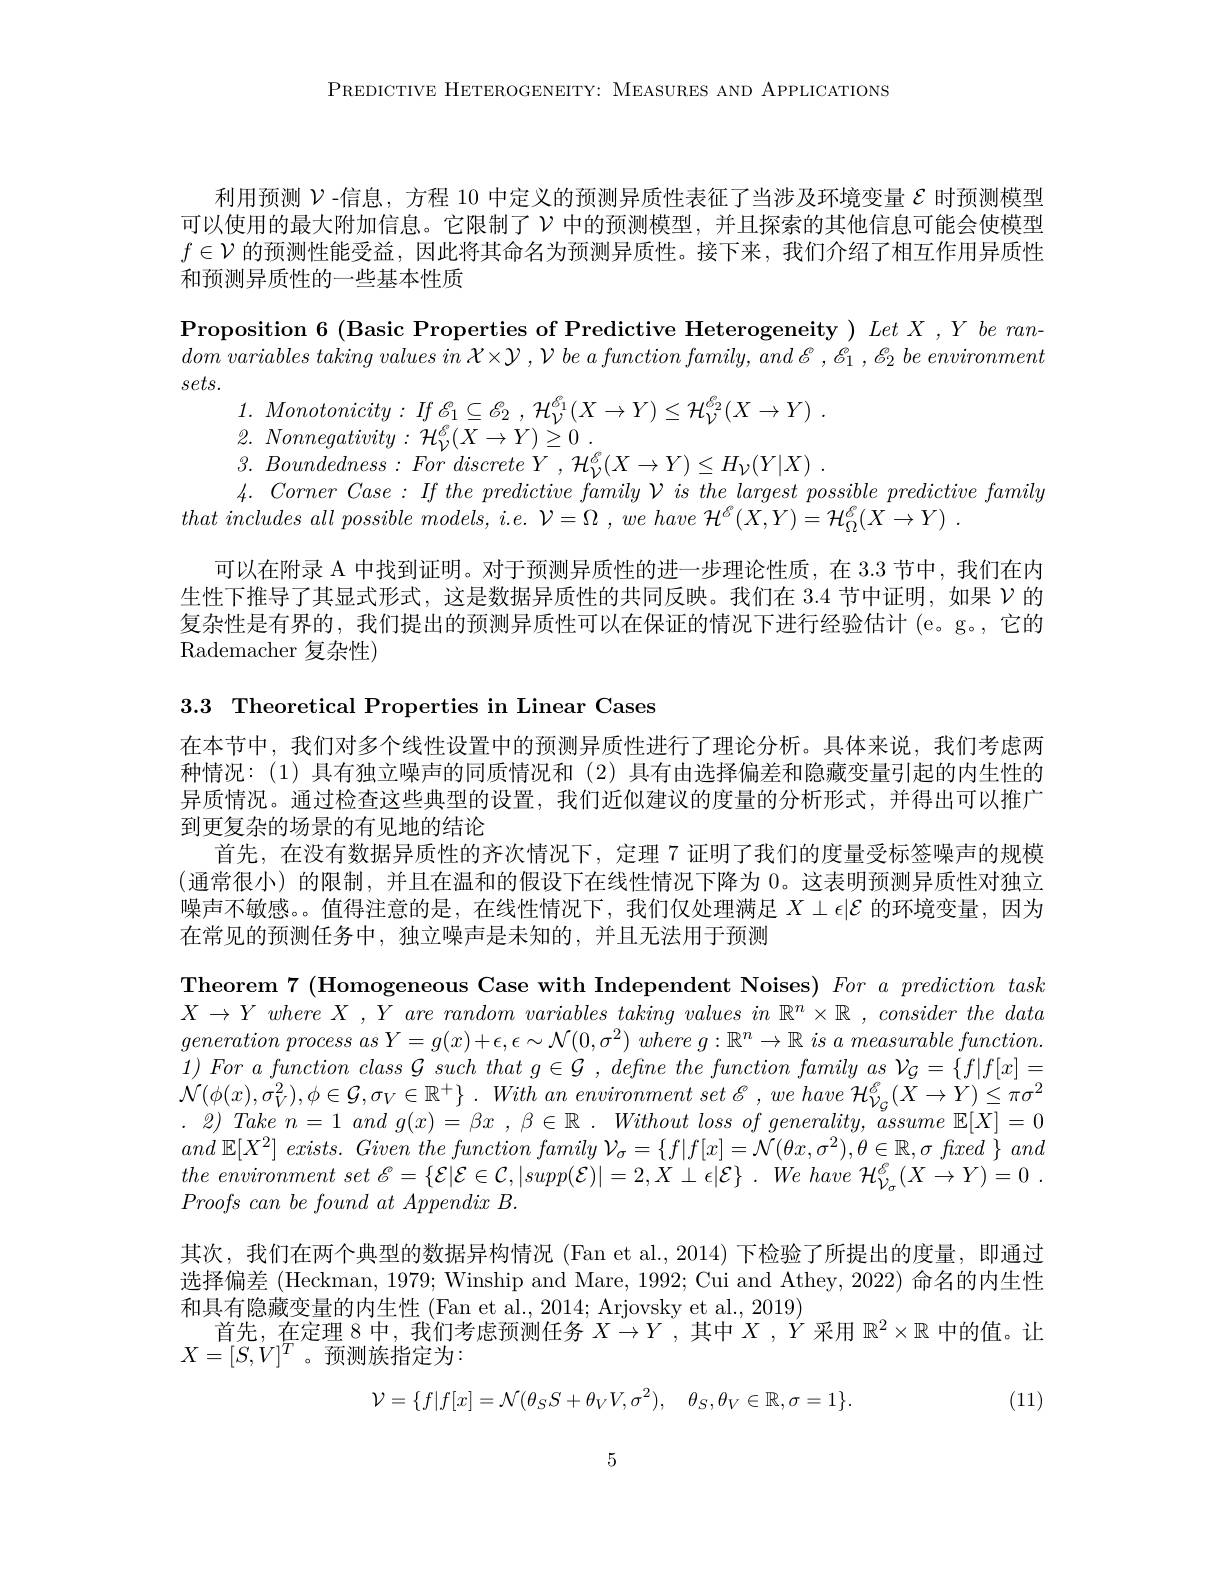
PREDICTIVE HETEROGENEITY: MEASURES AND APPLICATIONS

利用预测$\mathcal{V}$ -信息，方程 10 中定义的预测异质性表征了当涉及环境变量$\mathcal{E}$时预测模型可以使用的最大附加信息。它限制了$\nu$中的预测模型，并且探索的其他信息可能会使模型$f\in\mathcal{V}$的预测性能受益，因此将其命名为预测异质性。接下来，我们介绍了相互作用异质性和预测异质性的一些基本性质
$\textbf{Proposition 6 ( Basic Properties of Predictive Heterogeneity) Let X, Y be ran- }$ dom variables taking values $in$ $\mathcal{X} \times \mathcal{Y}$ , $\mathcal{V}$ $be$ $a$ function $family$, and $\mathscr{E} _1$ , $\mathscr{E} _2$ $be$ environment $sets.$
1. $Monotonicity:$ $If$ $\mathcal{E} _{1}\subseteq \mathcal{E} _{2}$ , $\mathcal{H} _{\mathcal{V} }^{\mathcal{G} _{1}}( X\to Y) \leq \mathcal{H} _{\mathcal{V} }^{\mathcal{B} _{2}}( X\to Y)$ .
2. Nonnegativity : $\mathcal{H} _{\mathcal{V} }^{\mathscr{C} }( X\rightarrow Y) \overset {\prec }{\operatorname* { \operatorname* { \geq } } }0$ .
3. $Boundedness:$ For discrete $Y$ , $\mathcal{H} _{\mathcal{V} }^{\mathcal{C} }( X\rightarrow Y) \leq H_{\mathcal{V} }( Y| X)$ .
$4. \textit{ Corner Case: If the predictive family V is the largest possible predictive family}$
that includes all possible $models$, $i. e.$ $\mathcal{V} = \Omega$ , $we$ have $\mathcal{H} ^{\mathcal{V} }( X, Y) = \mathcal{H} _{\Omega }^{\mathcal{V} }( X\rightarrow Y)$ .
可以在附录 A 中找到证明。对于预测异质性的进一步理论性质，在 3.3 节中，我们在内生性下推导了其显式形式，这是数据异质性的共同反映。我们在 3.4 节中证明，如果$\mathcal{V}$的复杂性是有界的，我们提出的预测异质性可以在保证的情况下进行经验估计 (e。g。, 它的${\mathrm{Rademacher}}$复杂性)

3.3 Theoretical Properties in Linear Cases
在本节中，我们对多个线性设置中的预测异质性进行了理论分析。具体来说，我们考虑两种情况：(1)具有独立噪声的同质情况和 (2) 具有由选择偏差和隐藏变量引起的内生性的异质情况。通过检查这些典型的设置，我们近似建议的度量的分析形式，并得出可以推广到更复杂的场景的有见地的结论
首先，在没有数据异质性的齐次情况下，定理 7 证明了我们的度量受标签噪声的规模(通常很小)的限制，并且在温和的假设下在线性情况下降为 0。这表明预测异质性对独立噪声不敏感。。值得注意的是，在线性情况下，我们仅处理满足$X\perp\epsilon|\mathcal{E}$的环境变量，因为在常见的预测任务中，独立噪声是未知的，并且无法用于预测
Theorem 7 (Homogeneous Case with Independent Noises) For $a$ prediction task $X\to Y\textit{ where X , Y are random variables taking values in }\mathbb{R} ^n\times \mathbb{R}$ $, \textit{ consider the data}$ generation process as $Y= g( x) + \epsilon , \epsilon \sim \mathcal{N} ( 0, \sigma ^2) \textit{ where g}: \mathbb{R} ^n\to \mathbb{R} \textit{ is a measurable function}$ $1) \textit{For a function class G such that g}\in \mathcal{G} , \textit{define the function family as V}_{\mathcal{G} }= \{ f| f[ x] =$ $\mathcal{N} ( \phi ( x) , \sigma _V^2) , \phi \in \mathcal{G} , \sigma _V\in \mathbb{R} ^+ \}$ . With $an$ environment set $\mathscr{E}$ , $we$ have $\mathcal{H} _{\mathcal{V} _G}^{\mathscr{E} }( X\to Y) \leq \pi \sigma ^2$ $.\textit{ 2) Take n = 1 and g(x) = \beta x , \beta\in \mathbb{R} . Without loss of generality, assume }\mathbb{E}[X]=0$ and $\mathbb{E} [ X^{2}]$ $exists.$ Given the function family $\mathcal{V} _{\sigma }= \{$ $f| f[ x] = \mathcal{N} ( \theta x, \sigma ^{2}) , \theta \in \mathbb{R} , \sigma$ fixed $\}$ and the environment set $\mathscr{E} = \left \{ \mathcal{E} | \mathcal{E} \in \mathcal{C} , | supp( \mathcal{E} ) | = 2, X\perp \epsilon | \mathcal{E} \right \}$ . $We$ have $\mathcal{H} _{\mathcal{V} _{\sigma }}^{\mathscr{E} }( X\to Y) = 0$ . $Proofs\textit{ can be found at Appendix B}.$
其次，我们在两个典型的数据异构情况 (Fan et al.,2014) 下检验了所提出的度量，即通过选择偏差 (Heckman, 1979; Winship and Mare, 1992; Cui and Athey, 2022) 命名的内生性和具有隐藏变量的内生性 (Fan et al., 2014; Arjovsky et al., 2019)
首先，在定理 8 中，我们考虑预测任务$X\to Y$,其中$X,Y$采用$\mathbb{R}^2\times\mathbb{R}$中的值。让
$X=[S,V]^T$。预测族指定为：
$$\mathcal{V}=\{f|f[x]=\mathcal{N}(\theta_{S}S+\theta_{V}V,\sigma^{2}),\quad\theta_{S},\theta_{V}\in\mathbb{R},\sigma=1\}.$$
(11)

5